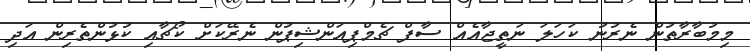
މިމުބާރާތުން ނެރުނު ކަހަލަ ނަތީޖާއެއް ސާފް ޗެމްޕިއަންޝިޕުން ނެރޭކަށް ކޯޗާއި ކުޅުންތެރިން އަދި